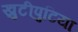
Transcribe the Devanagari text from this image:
खुटीपुटिया